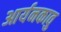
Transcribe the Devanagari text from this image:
आर्यनकावु